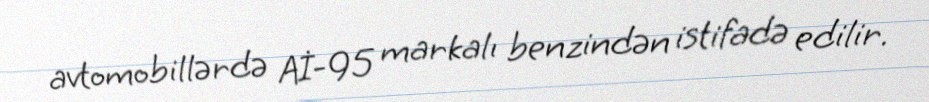
avtomobillərdə Aİ-95 markalı benzindən istifadə edilir.